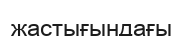
жастығындағы